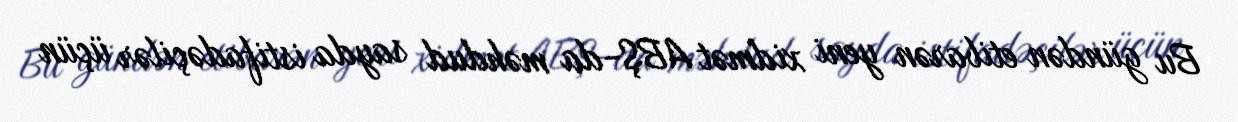
Bu gündən etibarən yeni xidmət ABŞ-da məhdud sayda istifadəçilər üçün